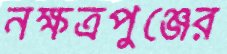
নক্ষত্রপুঞ্জের